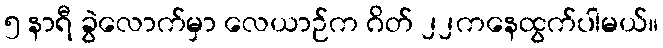
၅ နာရီ ခွဲလောက်မှာ လေယာဉ်က ဂိတ် ၂၂ကနေထွက်ပါမယ်။